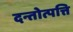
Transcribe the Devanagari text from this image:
दन्तोत्पत्ति